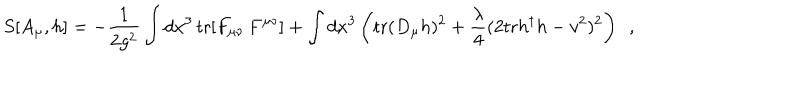
LaTeX: S [ A _ { \mu } , h ] = - \frac { 1 } { 2 g ^ { 2 } } \int d x ^ { 3 } \, \mathrm { t r } [ F _ { \mu \nu } \, F ^ { \mu \nu } ] + \int d x ^ { 3 } \left( \mathrm { t r } ( D _ { \mu } h ) ^ { 2 } + \frac { \lambda } { 4 } ( 2 \mathrm { t r } h ^ { \dagger } h - v ^ { 2 } ) ^ { 2 } \right) \, \, \, ,